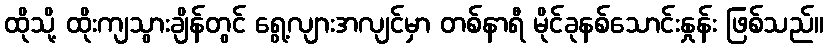
ထိုသို့ ထိုးကျသွားချိန်တွင် ရွေ့လျားအလျင်မှာ တစ်နာရီ မိုင်ခုနစ်သောင်းနှုန်း ဖြစ်သည်။